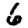
Digit: 6